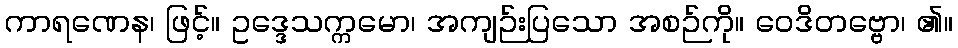
ကာရဏေန၊ ဖြင့်။ ဥဒ္ဒေသက္ကမော၊ အကျဉ်းပြသော အစဉ်ကို။ ဝေဒိတဗ္ဗော၊ ၏။